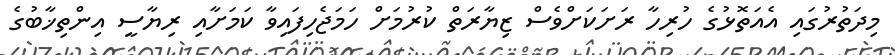
މިދަތުރުގައި އެއަތޮޅުގެ ހުރިހާ ރަށަކަށްވެސް ޒިޔާރަތް ކުރުމަށް ހަމަޖެހިފައިވާ ކަމަށާއި ރިޔާސީ އިންތިޚާބުގެ